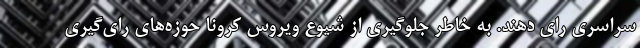
سراسری رای دهند. به خاطر جلوگیری از شیوع ویروس کرونا حوزه‌های رای‌گیری